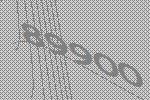
89900